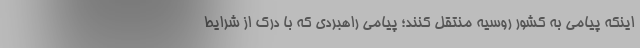
اینکه پیامی به کشور روسیه منتقل کنند؛ پیامی راهبردی که با درک از شرایط